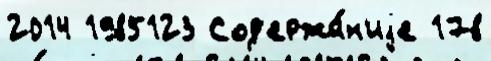
2014 1985123 Сод'ержа́н'иjе 178